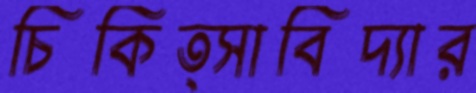
চিকিত্সাবিদ্যার